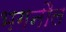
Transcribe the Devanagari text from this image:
भगनौल